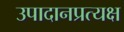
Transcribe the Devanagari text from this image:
उपादानप्रत्यक्ष